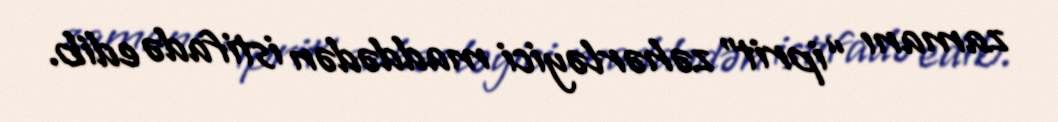
zamanı “iprit” zəhərləyici maddədən istifadə edib.